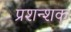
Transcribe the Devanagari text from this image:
प्रशन्शक